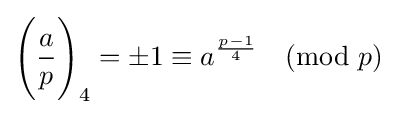
{\Bigg (}{\frac {a}{p}}{\Bigg )}_{4}=\pm 1\equiv a^{\frac {p-1}{4}}{\pmod {p}}